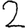
Digit: 2